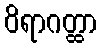
ဝိရာဂတ္ထာ